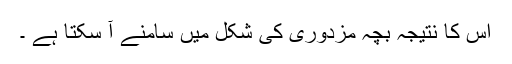
اس کا نتیجہ بچہ مزدوری کی شکل میں سامنے آ سکتا ہے ۔